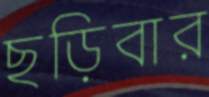
ছড়িবার